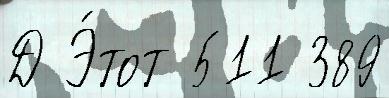
Д Э́тот 511 389